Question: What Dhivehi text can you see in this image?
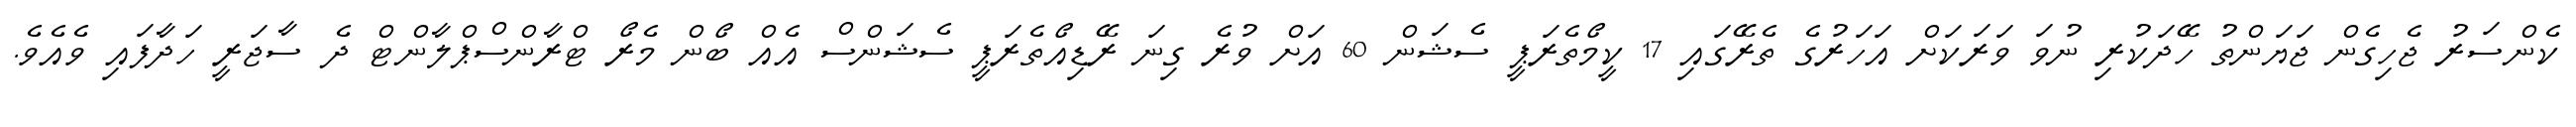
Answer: ކެންސަރު ޖެހިގެން ޖަޔަންތު ހޭދަކުރި ނުވަ ވަރަކަށް އަހަރުގެ ތެރޭގައި 17 ކީމޯތެރަޕީ ސެޝަން 60 އަށް ވުރެ ގިނަ ރޭޑިއޯތެރަޕީ ސެޝަންސް އެއް ބޯން މެރޯ ޓްރާންސްޕްލާންޓް ދެ ސާޖަރީ ހަދާފައި ވެއެވެ.